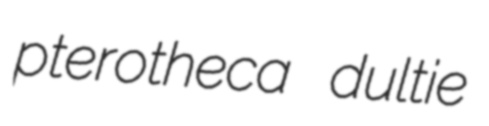
pterotheca dultie